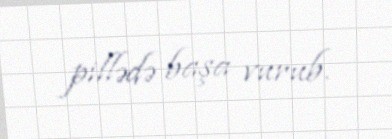
pillədə başa vurub.